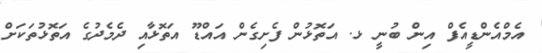
އެމްއެންޑީއެފް އިން ބުނީ ޅ. އަތޮޅުން ފެށިގެން އައްޑޫ އަތޮޅާއި ދެމެދުގެ އަތޮޅުތަކަށް